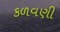
કળવણી